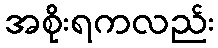
အစိုးရကလည်း